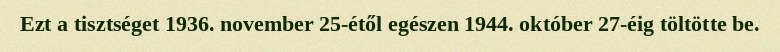
Ezt a tisztséget 1936. november 25-étől egészen 1944. október 27-éig töltötte be.